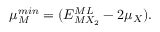
\mu _ { M } ^ { m i n } = ( E _ { M X _ { 2 } } ^ { M L } - 2 \mu _ { X } ) .